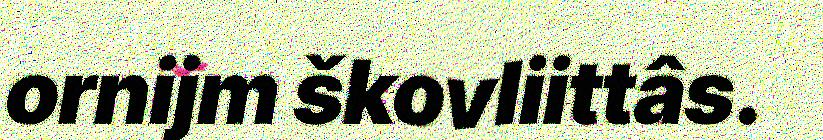
ornijm škovliittâs.